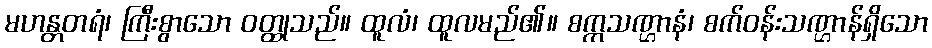
မဟန္တတရံ၊ ကြီးစွာသော ဝတ္ထုသည်။ ထူလံ၊ ထူလမည်၏။ စက္ကသဏ္ဌာနံ၊ စက်ဝန်းသဏ္ဌာန်ရှိသော